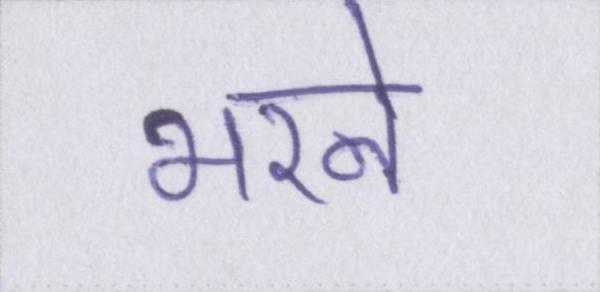
भरने